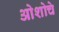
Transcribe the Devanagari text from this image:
ओशोचे